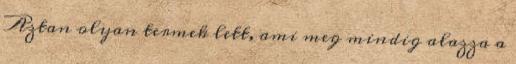
Aztan olyan termek lett, ami meg mindig alazza a